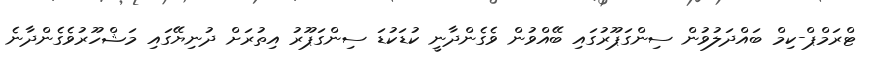
ޓްރަމްޕް-ކިމް ބައްދަލުވުން ސިންގަޕޫރުގައި ބޭއްވުން ވެގެންދާނީ ކުޑަކުޑަ ސިންގަޕޫރު އިތުރަށް ދުނިޔޭގައި މަޝްހޫރުވެގެންދާނެ